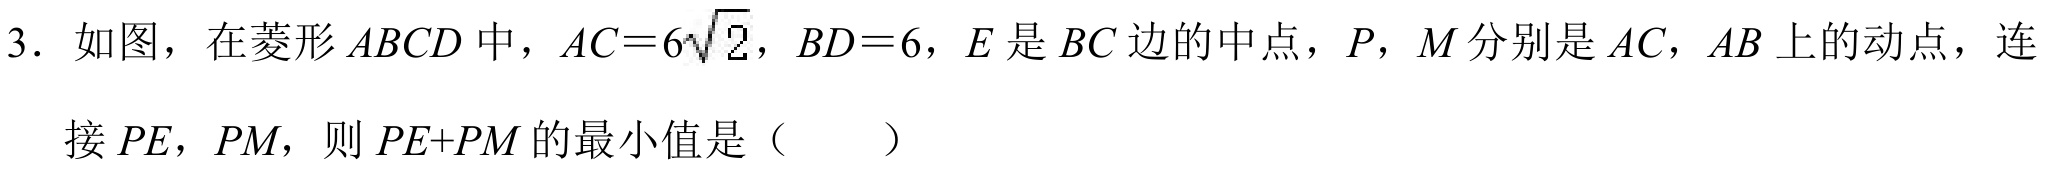
3. 如图，在菱形\(ABCD\)中，\(AC = 6\sqrt{2}\)，\(BD = 6\)，\(E\)是\(BC\)边的中点，\(P\)，\(M\)分别是\(AC\)，\(AB\)上的动点，连接\(PE\)，\(PM\)，则\(PE + PM\)的最小值是（  ）